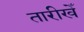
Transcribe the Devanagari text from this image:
तारीखेँ